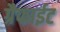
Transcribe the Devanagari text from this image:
ग्रैफाईट